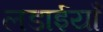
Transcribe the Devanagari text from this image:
लडाईयाँ